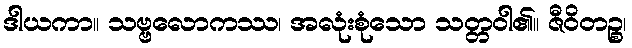
ဒါယကာ။ သဗ္ဗလောကဿ၊ အလုံးစုံသော သတ္တဝါ၏။ ဇီဝိတဉ္စ၊